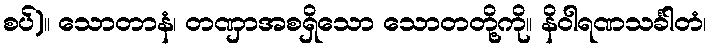
စပ်)။ သောတာနံ၊ တဏှာအစရှိသော သောတတို့ကို။ နိဝါရဏသင်္ခါတံ၊